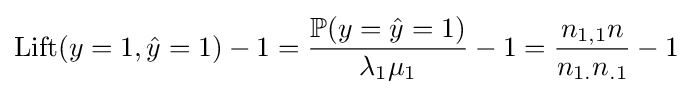
\mathrm {Lift} (y=1,{\hat {y}}=1)-1={\frac {\mathbb {P} (y={\hat {y}}=1)}{\lambda _{1}\mu _{1}}}-1={\frac {n_{1,1}n}{n_{1.}n_{.1}}}-1